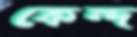
কেন্দ